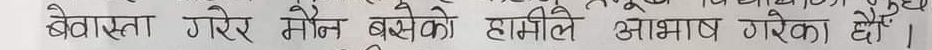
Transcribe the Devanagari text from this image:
बेवस्ता गरेर मौन बसेको हामीले आभाष गरेका छैं ।